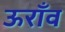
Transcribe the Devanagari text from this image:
ऊराँव